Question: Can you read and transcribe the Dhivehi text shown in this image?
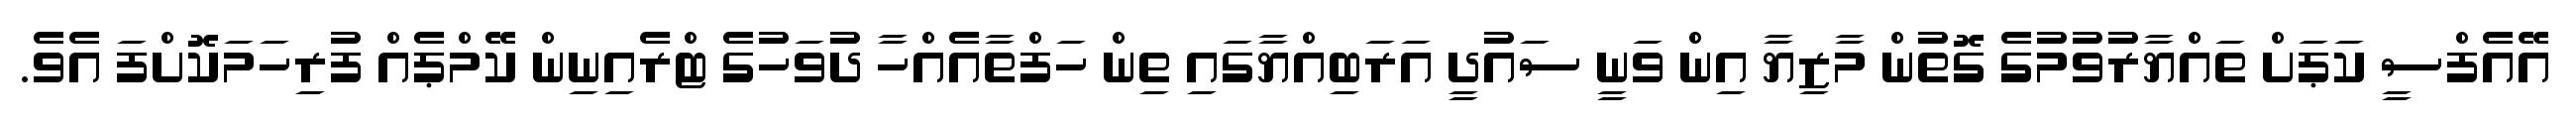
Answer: އޭއެފްސީ ކަޕަށް ތައްޔާރުވުމުގެ ގޮތުން މާޒިޔާ އިން ވަނީ ސައުދީ އަރަބިއްޔާގައި ތިން ހަފްތާއެއްހާ ދުވަހުގެ ޓްރެއިނިން ކޭމްޕެއް ފުރިހަމަކޮށްފަ އެވެ.